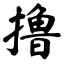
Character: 撸